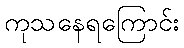
ကုသနေရကြောင်း